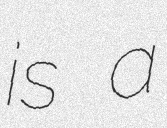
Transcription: is a